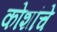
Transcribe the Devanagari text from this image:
कोशांचे